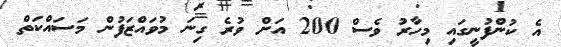
އެ ކުންފުނީގައި މިހާރު ވެސް 200 އަށް ވުރެ ގިނަ މުވައްޒަފުން މަސައްކަތް